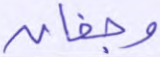
وجفان